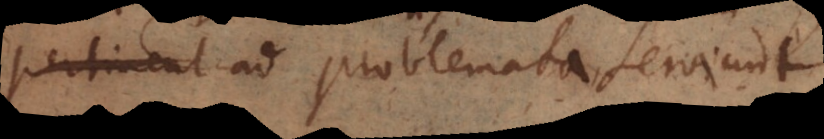
pertinent ad problemata ad